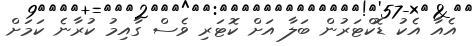
އެއާ އެކު ޑޮކްޓަރުން ބަލާ އަށް ކޮޓަރި ވެސް ގާއިމު ކުރާނެ ކަމަށް